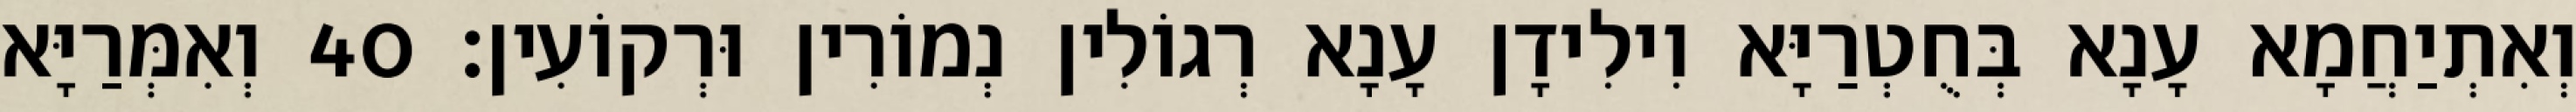
וְאִתְיַחֲמָא עָנָא בְּחֻטְרַיָּא וִילִידָן עָנָא רְגוֹלִין נְמוֹרִין וּרְקוֹעִין׃ 40 וְאִמְּרַיָּא